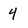
Character: 4